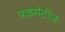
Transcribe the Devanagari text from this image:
प्राइमेटीज